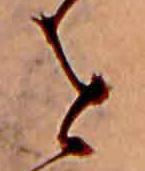
を